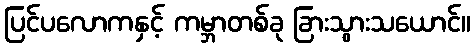
ပြင်ပလောကနှင့် ကမ္ဘာတစ်ခု ခြားသွားသယောင်။